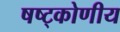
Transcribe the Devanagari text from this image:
षष्ट्कोणीय